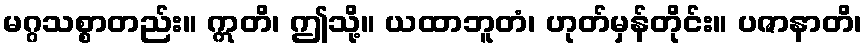
မဂ္ဂသစ္စာတည်း။ ဣတိ၊ ဤသို့။ ယထာဘူတံ၊ ဟုတ်မှန်တိုင်း။ ပဇာနာတိ၊